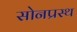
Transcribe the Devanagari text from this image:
सोनप्रस्थ